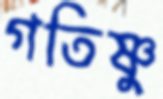
গতিষ্ণু